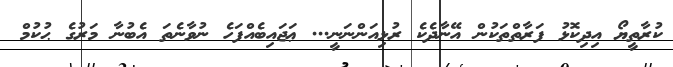
ކުރާތީޔޯ އިދިކޮޅު ފަރާތްތަކުން އޭނާދެކެ ރުޅިއަންނަނީ... ޢަޖައިބެއްފަހެ ނުވާނެތަ އެބުނާ މަރުގެ ޙުކުމް